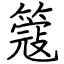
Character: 簆